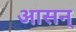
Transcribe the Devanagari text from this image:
आसन्